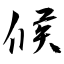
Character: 候